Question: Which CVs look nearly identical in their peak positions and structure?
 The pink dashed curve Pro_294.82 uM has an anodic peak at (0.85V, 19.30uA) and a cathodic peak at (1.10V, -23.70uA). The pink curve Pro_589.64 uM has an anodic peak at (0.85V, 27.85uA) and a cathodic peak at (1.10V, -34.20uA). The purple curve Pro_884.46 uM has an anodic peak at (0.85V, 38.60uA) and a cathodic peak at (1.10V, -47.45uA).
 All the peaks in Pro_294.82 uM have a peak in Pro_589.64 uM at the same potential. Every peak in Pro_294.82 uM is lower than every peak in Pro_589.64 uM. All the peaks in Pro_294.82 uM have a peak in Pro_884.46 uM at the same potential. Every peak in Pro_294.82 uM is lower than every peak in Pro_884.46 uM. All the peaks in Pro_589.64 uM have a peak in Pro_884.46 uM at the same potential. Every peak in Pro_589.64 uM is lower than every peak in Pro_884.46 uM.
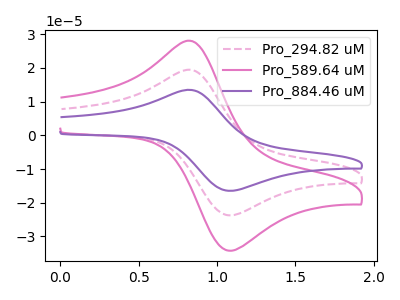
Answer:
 <answer>"Pro_589.64 uM", "Pro_294.82 uM" and "Pro_884.46 uM" have the same shape and are likely CV's of the same chemical.</answer>
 <eval>"Pro_589.64 uM" "Pro_294.82 uM" "Pro_884.46 uM"</eval>